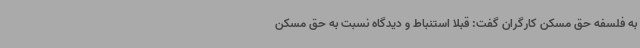
به فلسفه حق مسکن کارگران گفت: قبلا استنباط و دیدگاه نسبت به حق مسکن